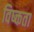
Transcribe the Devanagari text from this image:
विष्क्तता